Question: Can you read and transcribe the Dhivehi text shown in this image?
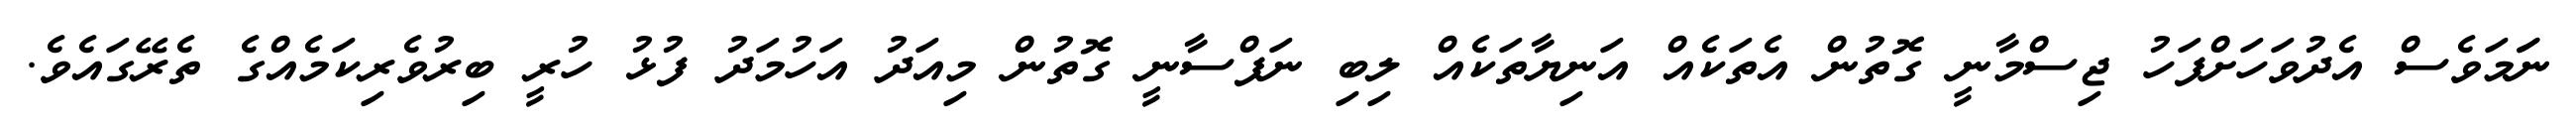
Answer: ނަަމަވެސް އެދުވަހަށްފަހު ޖިސްމާނީ ގޮތުން އެތަކެއް އަނިޔާތަކެއް ލިބި ނަފްސާނީ ގޮތުން މިއަދު އަހުމަދު ފުޅު ހުރީ ބިރުވެރިކަމެއްގެ ތެރޭގައެވެ.